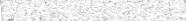
١٩